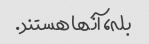
بله، آنها هستند.